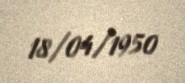
18/04/1950